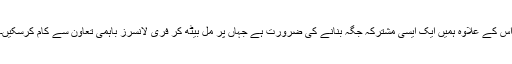
اس کے علاوہ ہمیں ایک ایسی مشترکہ جگہ بنانے کی ضرورت ہے جہاں پر مل بیٹھ کر فری لانسرز باہمی تعاون سے کام کرسکیں۔